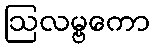
ဩလမ္ဗကော